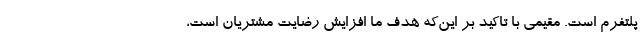
پلتفرم است. مقیمی با تاکید بر این‌که هدف ما افزایش رضایت مشتریان است،